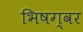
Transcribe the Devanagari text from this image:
भिषग्वर